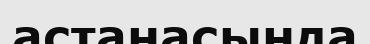
астанасында